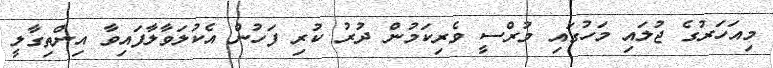
މިއަހަރުގެ ޖުލައި މަހުގައި މުރްސީ ވެރިކަމުން ދުރު ކުރި ފަހުން އެކުލަވާލާފައިވާ އިންތިގާލީ